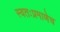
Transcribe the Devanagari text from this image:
स्वतःप्रमाणेच